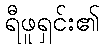
ရီဖူရှင်း၏